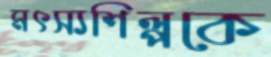
মৎস্যশিল্পকে